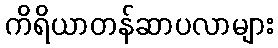
ကိရိယာတန်ဆာပလာများ